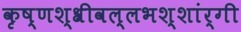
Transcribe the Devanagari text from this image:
कृष्णश्श्रीवल्लभश्शांर्गी